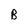
Character: B